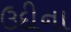
ઉદીના